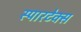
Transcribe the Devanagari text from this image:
स्पारटेक्स